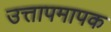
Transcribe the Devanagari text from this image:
उत्तापमापक